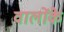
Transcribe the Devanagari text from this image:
वालोंके